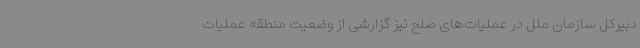
دبیرکل سازمان ملل در عملیات‌های صلح نیز گزارشی از وضعیت منطقه عملیات